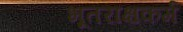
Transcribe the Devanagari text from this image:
भूतराक्षकर्म